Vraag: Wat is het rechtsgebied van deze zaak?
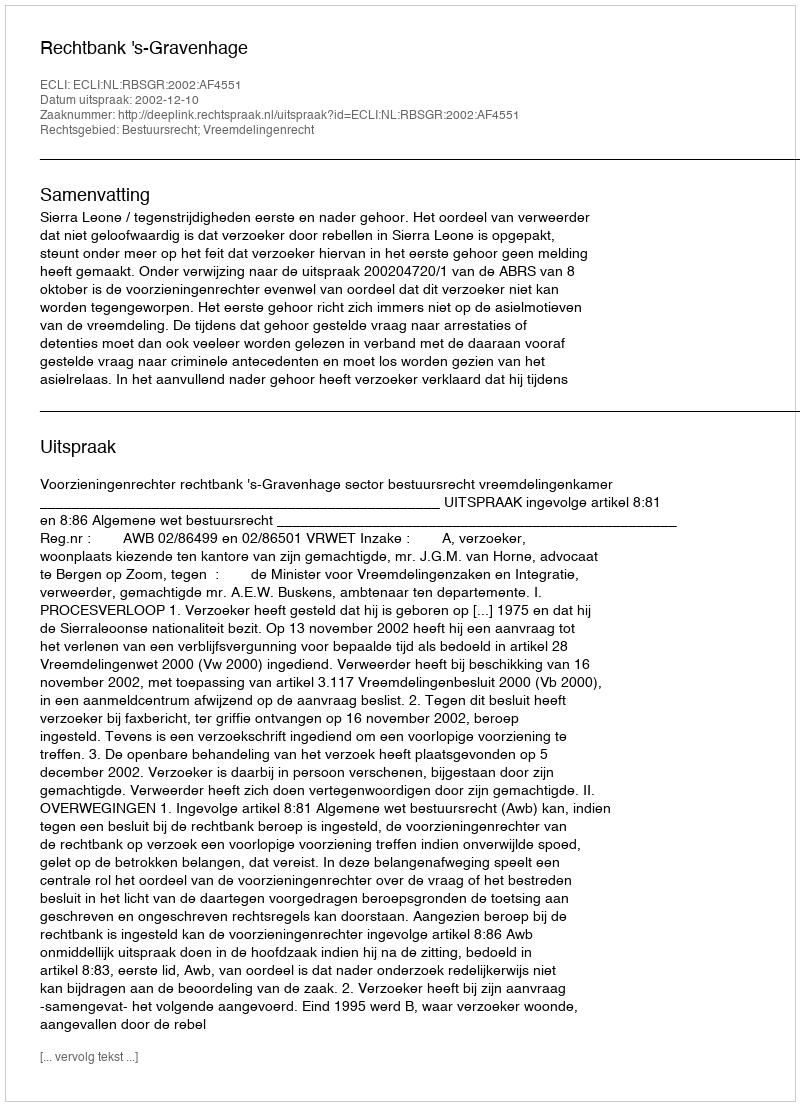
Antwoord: Bestuursrecht; Vreemdelingenrecht